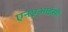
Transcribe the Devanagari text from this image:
एनएआईसी